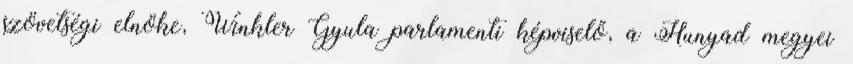
szövetségi elnöke, Winkler Gyula parlamenti képviselő, a Hunyad megyei